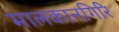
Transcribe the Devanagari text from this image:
मालकानगिरि